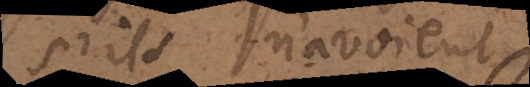
s’ils n’avoient